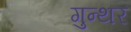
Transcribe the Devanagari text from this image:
गुन्थर